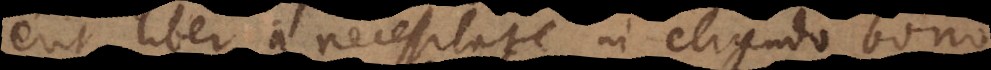
erit liber a necessitate in eligendo bono